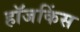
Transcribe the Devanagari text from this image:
हॉजकिंस